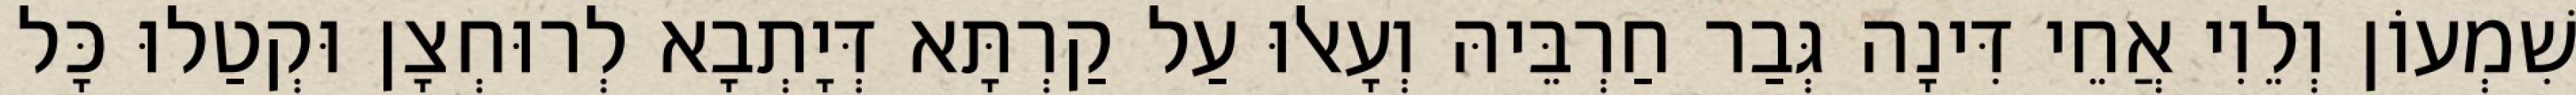
שִׁמְעוֹן וְלֵוִי אֲחֵי דִּינָה גְּבַר חַרְבֵּיהּ וְעָאלוּ עַל קַרְתָּא דְּיָתְבָא לְרוּחְצָן וּקְטַלוּ כָּל